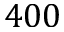
4 0 0